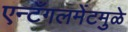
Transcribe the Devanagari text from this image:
एन्टँगलमेंटमुळे